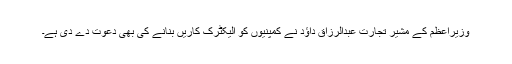
وزیراعظم کے مشیر تجارت عبدالرزاق داؤد نے کمپنیوں کو الیکٹرک کاریں بنانے کی بھی دعوت دے دی ہے۔